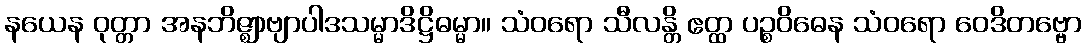
နယေန ဝုတ္တာ အနဘိဇ္ဈာဗျာပါဒသမ္မာဒိဋ္ဌိဓမ္မာ။ သံဝရော သီလန္တိ ဧတ္ထ ပဉ္စဝိဓေန သံဝရော ဝေဒိတဗ္ဗော